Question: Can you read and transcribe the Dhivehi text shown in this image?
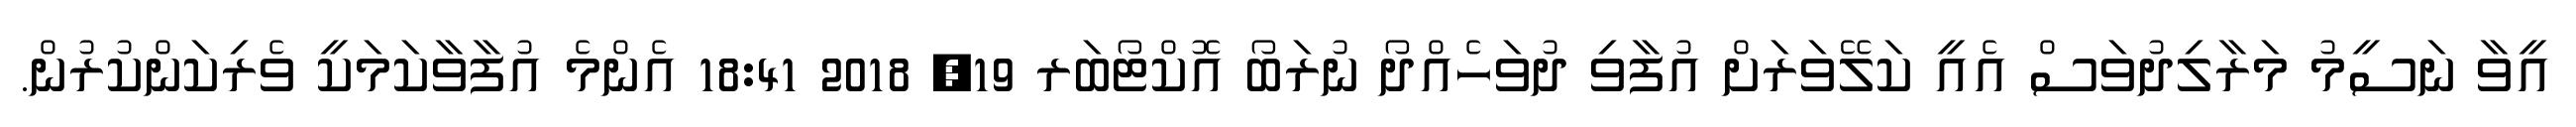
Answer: އީވާ ނަސީމު މަރާލިދުވަސް އެއީ ކަލޭވަރަށް އުފާވި ދުވަހެއްދޯ ނުރަބޯ އޮކްޓޯބަރ 19, 2018 18:41 އެންމެ އުފާވާކަމަކީ ވެރިކަންކުރުން.